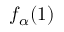
f _ { \alpha } ( 1 )